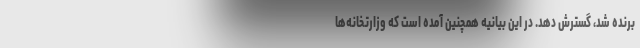
برنده شد، گسترش دهد. در این بیانیه همچنین آمده است که وزارتخانه‌ها